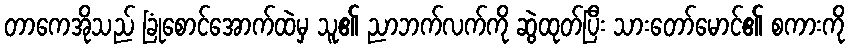
တာကေအိုသည် ခြုံစောင်အောက်ထဲမှ သူ၏ ညာဘက်လက်ကို ဆွဲထုတ်ပြီး သားတော်မောင်၏ စကားကို